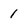
Character: 1